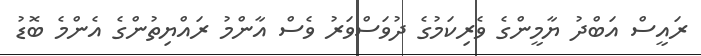
ރައީސް އަބްދު ޔާމީންގެ ވެރިކަމުގެ ދުވަސްވަރު ވެސް އާންމު ރައްޔިތުންގެ އެންމެ ބޮޑު